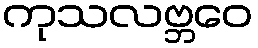
ကုသလဗ္ဘဝေ